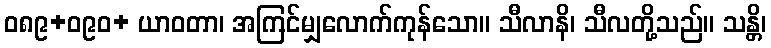
ဝ၈၉+ဝ၉၀+ ယာဝတာ၊ အကြင်မျှလောက်ကုန်သော။ သီလာနိ၊ သီလတို့သည်။ သန္တိ၊